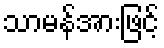
သာမန်အားဖြင့်